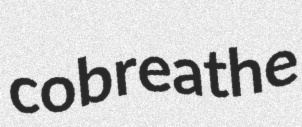
cobreathe